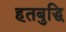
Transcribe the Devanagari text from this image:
हतबुद्धि